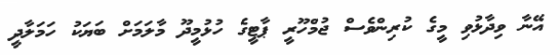
އޭނާ ވިދާޅުވި މީގެ ކުރިންވެސް ޖުމްހޫރީ ޕާޓީގެ ހުޅުމީދޫ މާލަމަށް ބަޔަކު ހަމަލާދީ